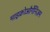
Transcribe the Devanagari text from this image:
माइक्रोऔर्गेनिज़म